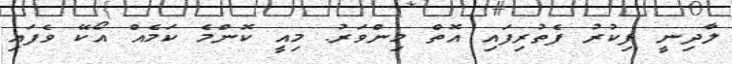
ލާދިނީ ފިކުރު ފެތުރިފައި އޮތް މިންވަރު. މިއީ ކޮންމެ ކަމެއް އޯކޭ ވެފައި